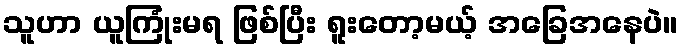
သူဟာ ယူကြုံးမရ ဖြစ်ပြီး ရူးတော့မယ့် အခြေအနေပဲ။